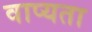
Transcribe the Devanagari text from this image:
वाप्यता